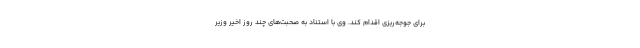
برای جوجه‌ریزی اقدام کند. وی با استناد به صحبت‌های چند روز اخیر وزیر